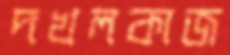
দখলকাজ